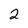
Character: 2